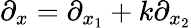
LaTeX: \partial_{x}=\partial_{x_{1}}+k\partial_{x_{2}}